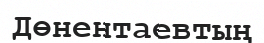
Дөнентаевтың